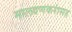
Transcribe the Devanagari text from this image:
मालवणकरांसह